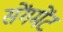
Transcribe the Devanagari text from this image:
सेंगमेंट